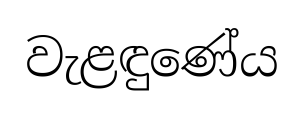
වැළඳුණේය